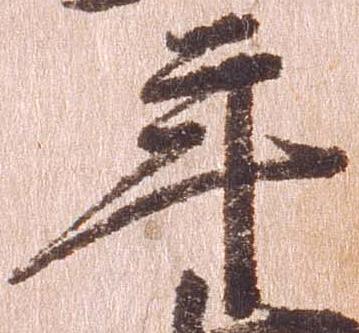
年